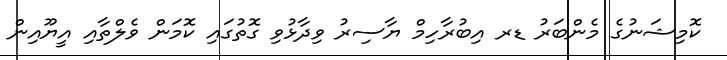
ކޮމިޝަނުގެ މެންބަރު ޑރ އިބުރާހިމް ޔާސިރު ވިދާޅުވި ގޮތުގައި ކޮމަން ވެލްތާއި އީޔޫއިން